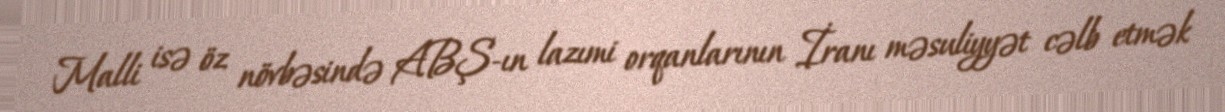
Malli isə öz növbəsində ABŞ-ın lazımi orqanlarının İranı məsuliyyət cəlb etmək